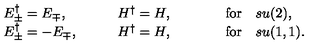
\begin{array} { l l l } { E _ { \pm } ^ { \dagger } = E _ { \mp } , } & { \quad \quad H ^ { \dagger } = H , } & { \quad \quad \quad \mathrm { f o r } \quad s u ( 2 ) , } \\ { E _ { \pm } ^ { \dagger } = - E _ { \mp } , } & { \quad \quad H ^ { \dagger } = H , } & { \quad \quad \quad \mathrm { f o r } \quad s u ( 1 , 1 ) . } \\ \end{array}